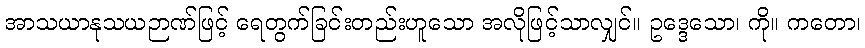
အာသယာနုသယဉာဏ်ဖြင့် ရေတွက်ခြင်းတည်းဟူသော အလိုဖြင့်သာလျှင်။ ဥဒ္ဒေသော၊ ကို။ ကတော၊